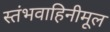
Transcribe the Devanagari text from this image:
स्तंभवाहिनीमूल